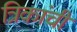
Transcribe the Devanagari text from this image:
त्रिकांची